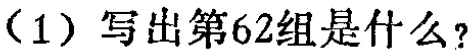
（1）写出第62组是什么？